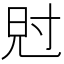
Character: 𡬩